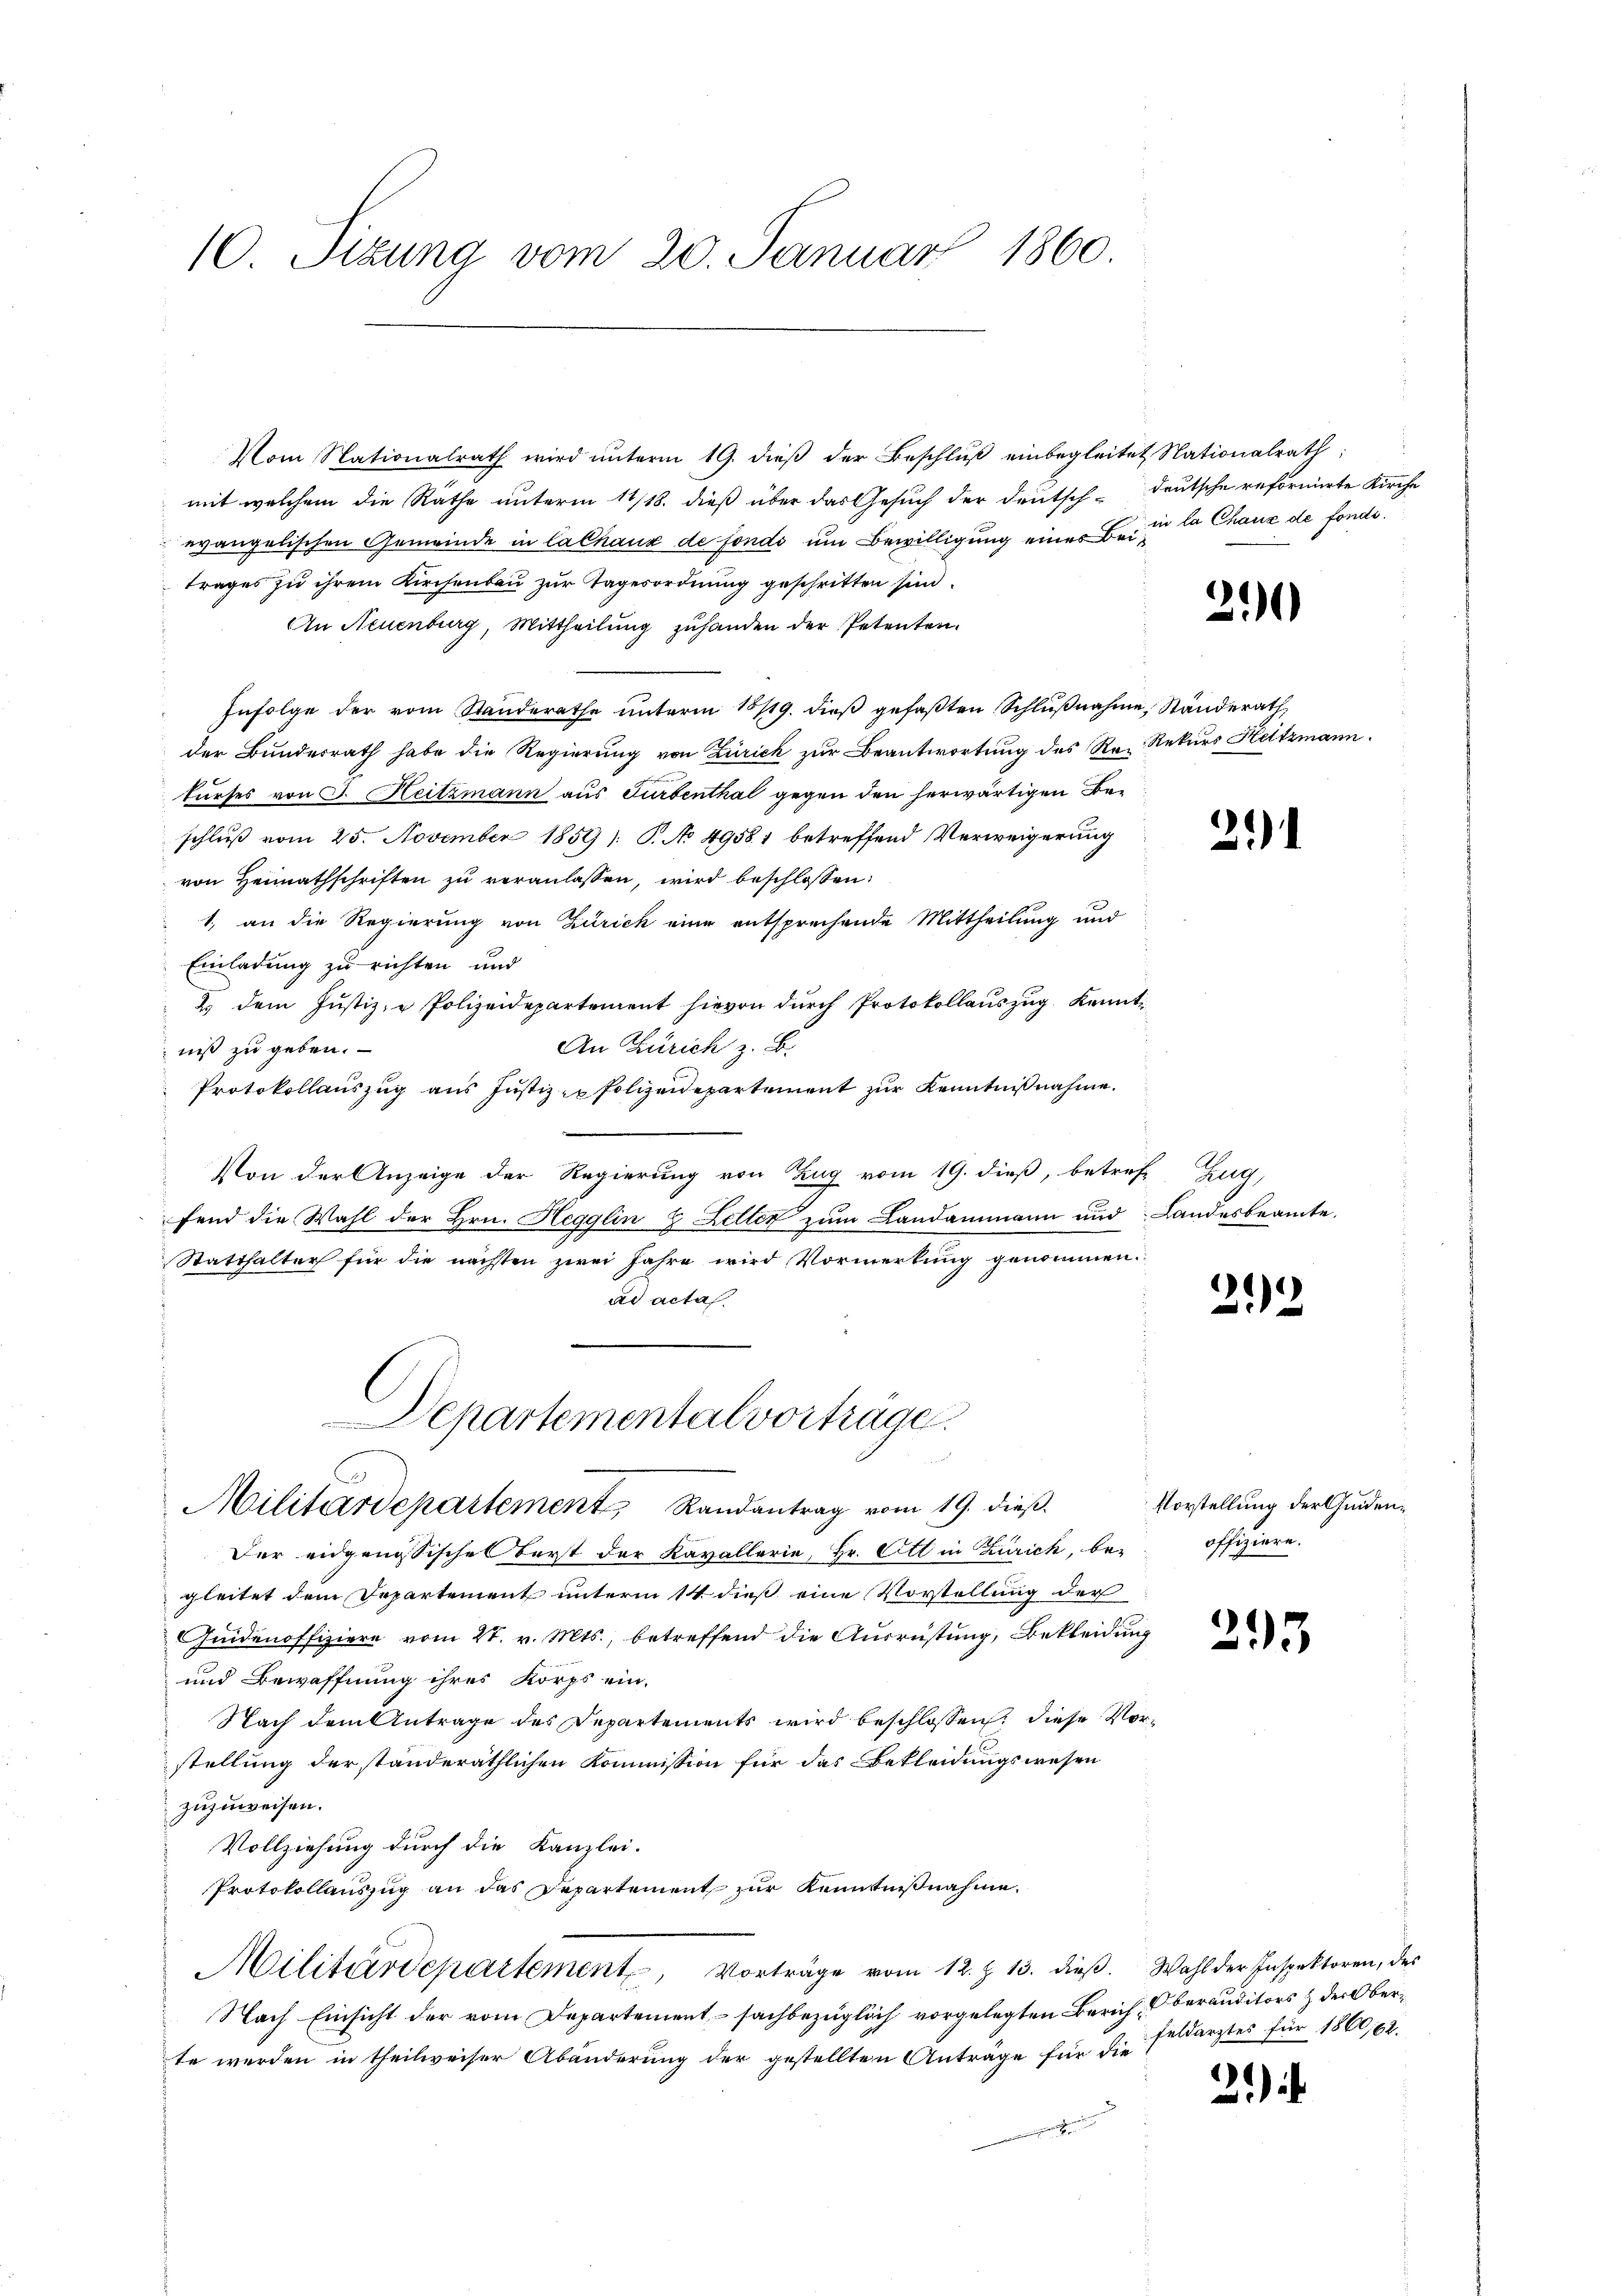
10. Sizung vom 20. Januar 1860.

Vom Nationalrath wird ŭnterm 19. dieβ der Beschlŭβ einbegleitet Nationalrath
mit welchem die Räthe unterm 11/18. dieß über das Gesuch der Deutsch-deutsche reformierte Kirche
evangelischen Gemeinde in Calnaux de fonds um Bewilligung eines Beitrages zu ihrem Kirchenbau zur Tagesordnung geschritten sind.
An Neuenburg, Mittheilung zuhanden der Petenten.
Infolge der vom Standerathe unterm 15/19. dieß gefaßten Schlŭβnahme, Standerath,
der Bundesrath habe die Regierung von Zürich zur Beantwortung des Re- Rekurs Heitzmann.
kurses von J. Heitzmann aus Turbenthal gegen den herwärtigen Beschluß vom 25. November 1859 : P. No 4958. 1 betreffend Verweigerung
von Heimathschriften zu veranlassen, wird beschlossen:
1, an die Regierung von Zürich eine entsprechende Mittheilung und
Einladung zu richten und
2. dem Justiz- u Polizeidepartement hievon durch Protokollauszug Kennt-
An Zürich z. B.
niß zu geben.
Protokollauszug aus Justiz & Polizeidepartement zur Kenntnißnahme.
Von der Anzeige der Regierung von Zug vom 19. dieß, betref Zug,
fend die Wahl der Hrn. Hegglin & Letter zum Landammann und Landesbeamte.
Statthalter für die nächsten zwei Jahre wird Vormerkung genommen.
ad acta

Departemental vorträge.

Militärdepartement Randantrag vom 19. dieß.

in la Chaux de fonds.

Der eidgenössische Berst der Kavallerie, Hr. Ott in Zürich, bei offiziere.
gleitet dem Departement unterm 14. dieß eine Vorstellung der
Quidenoffiziere vom 21. v. Mts., betreffend die Ausrüstung, Bekleidung
und Bewaffnung ihres Korps ein-
Nach dem Antrage des Departements wird beschlossen, diese Vorstellung der standeräthlichen Kommission für das Bekleidungswesen
zuzuweisen.
Vollziehung durch die Kanzlei-
Protokollauszug an das Departement zur Kenntnißnahme
Militärdepartement, Vorträge vom 12. Z. 13. dieß. Wahl der Inspektoren, des
Nach Einsicht der vom Departement, – sachbezüglich vorgelegten Zürich, Oberauditors & der Oberte werden in theilweiser Abänderung der gestellten Anträge für die
 unricht an die

290

211

202

Vorstellung der Geiden¬

293

feldarztes für 1860,62.

21)